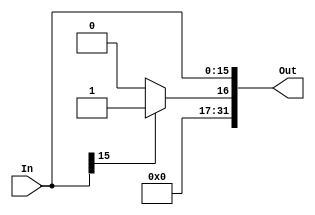
module SIGN_EXTEND #(parameter N = 16)(
    input [N-1:0] In,
    output [31:0] Out
);
    reg [31:0] z = 32'b0;
    reg [31:0] o = 32'b1;
    assign Out = {(In[N-1]==1)?o[31-N:0]:z[31-N:0], In};

endmodule